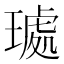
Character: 𭹰